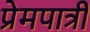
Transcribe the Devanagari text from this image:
प्रेमपात्री